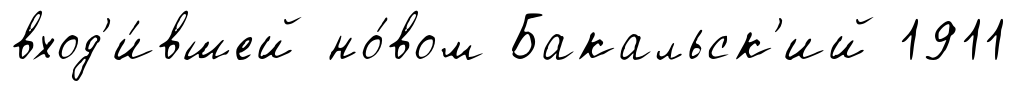
вход'и́вшей но́вом Бакальск'ий 1911